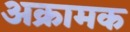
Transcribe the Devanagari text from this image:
अक्रामक